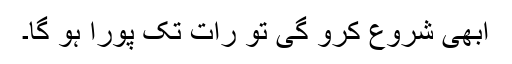
ابھی شروع کرو گی تو رات تک پورا ہو گا۔